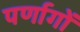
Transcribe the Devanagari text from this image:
पर्णागों